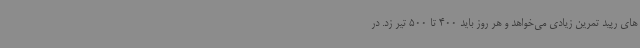
های رپید تمرین زیادی می‌خواهد و هر روز باید 400 تا 500 تیر زد. در